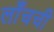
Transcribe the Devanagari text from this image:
लाँचची